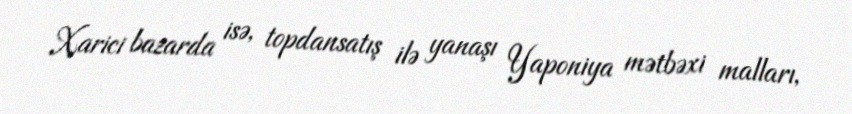
Xarici bazarda isə, topdansatış ilə yanaşı Yaponiya mətbəxi malları,